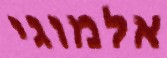
אלמוגי